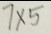
7 \times 5